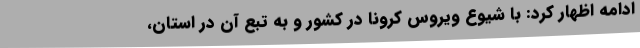
ادامه اظهار کرد: با شیوع ویروس کرونا در کشور و به تبع آن در استان،